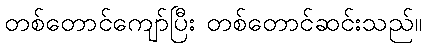
တစ်တောင်ကျော်ပြီး တစ်တောင်ဆင်းသည်။